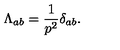
\Lambda _ { a b } = \frac { 1 } { p ^ { 2 } } \delta _ { a b } .